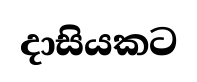
දාසියකට